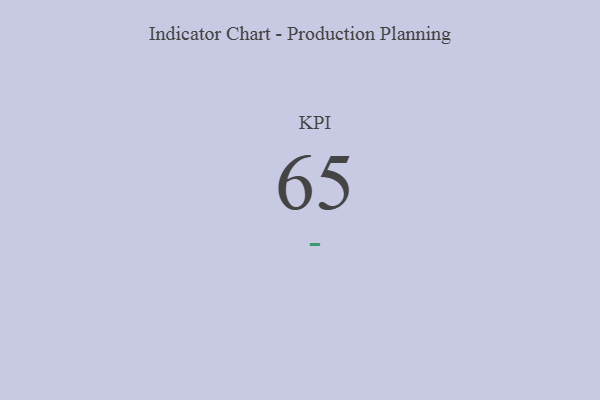
{"axis": {"x": "KPI", "y": "Value"}, "legend": [""], "data": [{"x": "KPI", "y": 65, "type": ""}]}